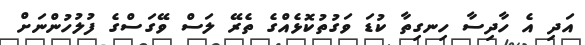
އަދި އެ ހާދިސާ ހިނގިތާ ކުޑަ ވަގުތުކޮޅެއްގެ ތެރޭ ލަސް ވޭގަސްގެ ފުލުހުންނަށް